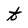
Character: t